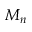
M _ { n }